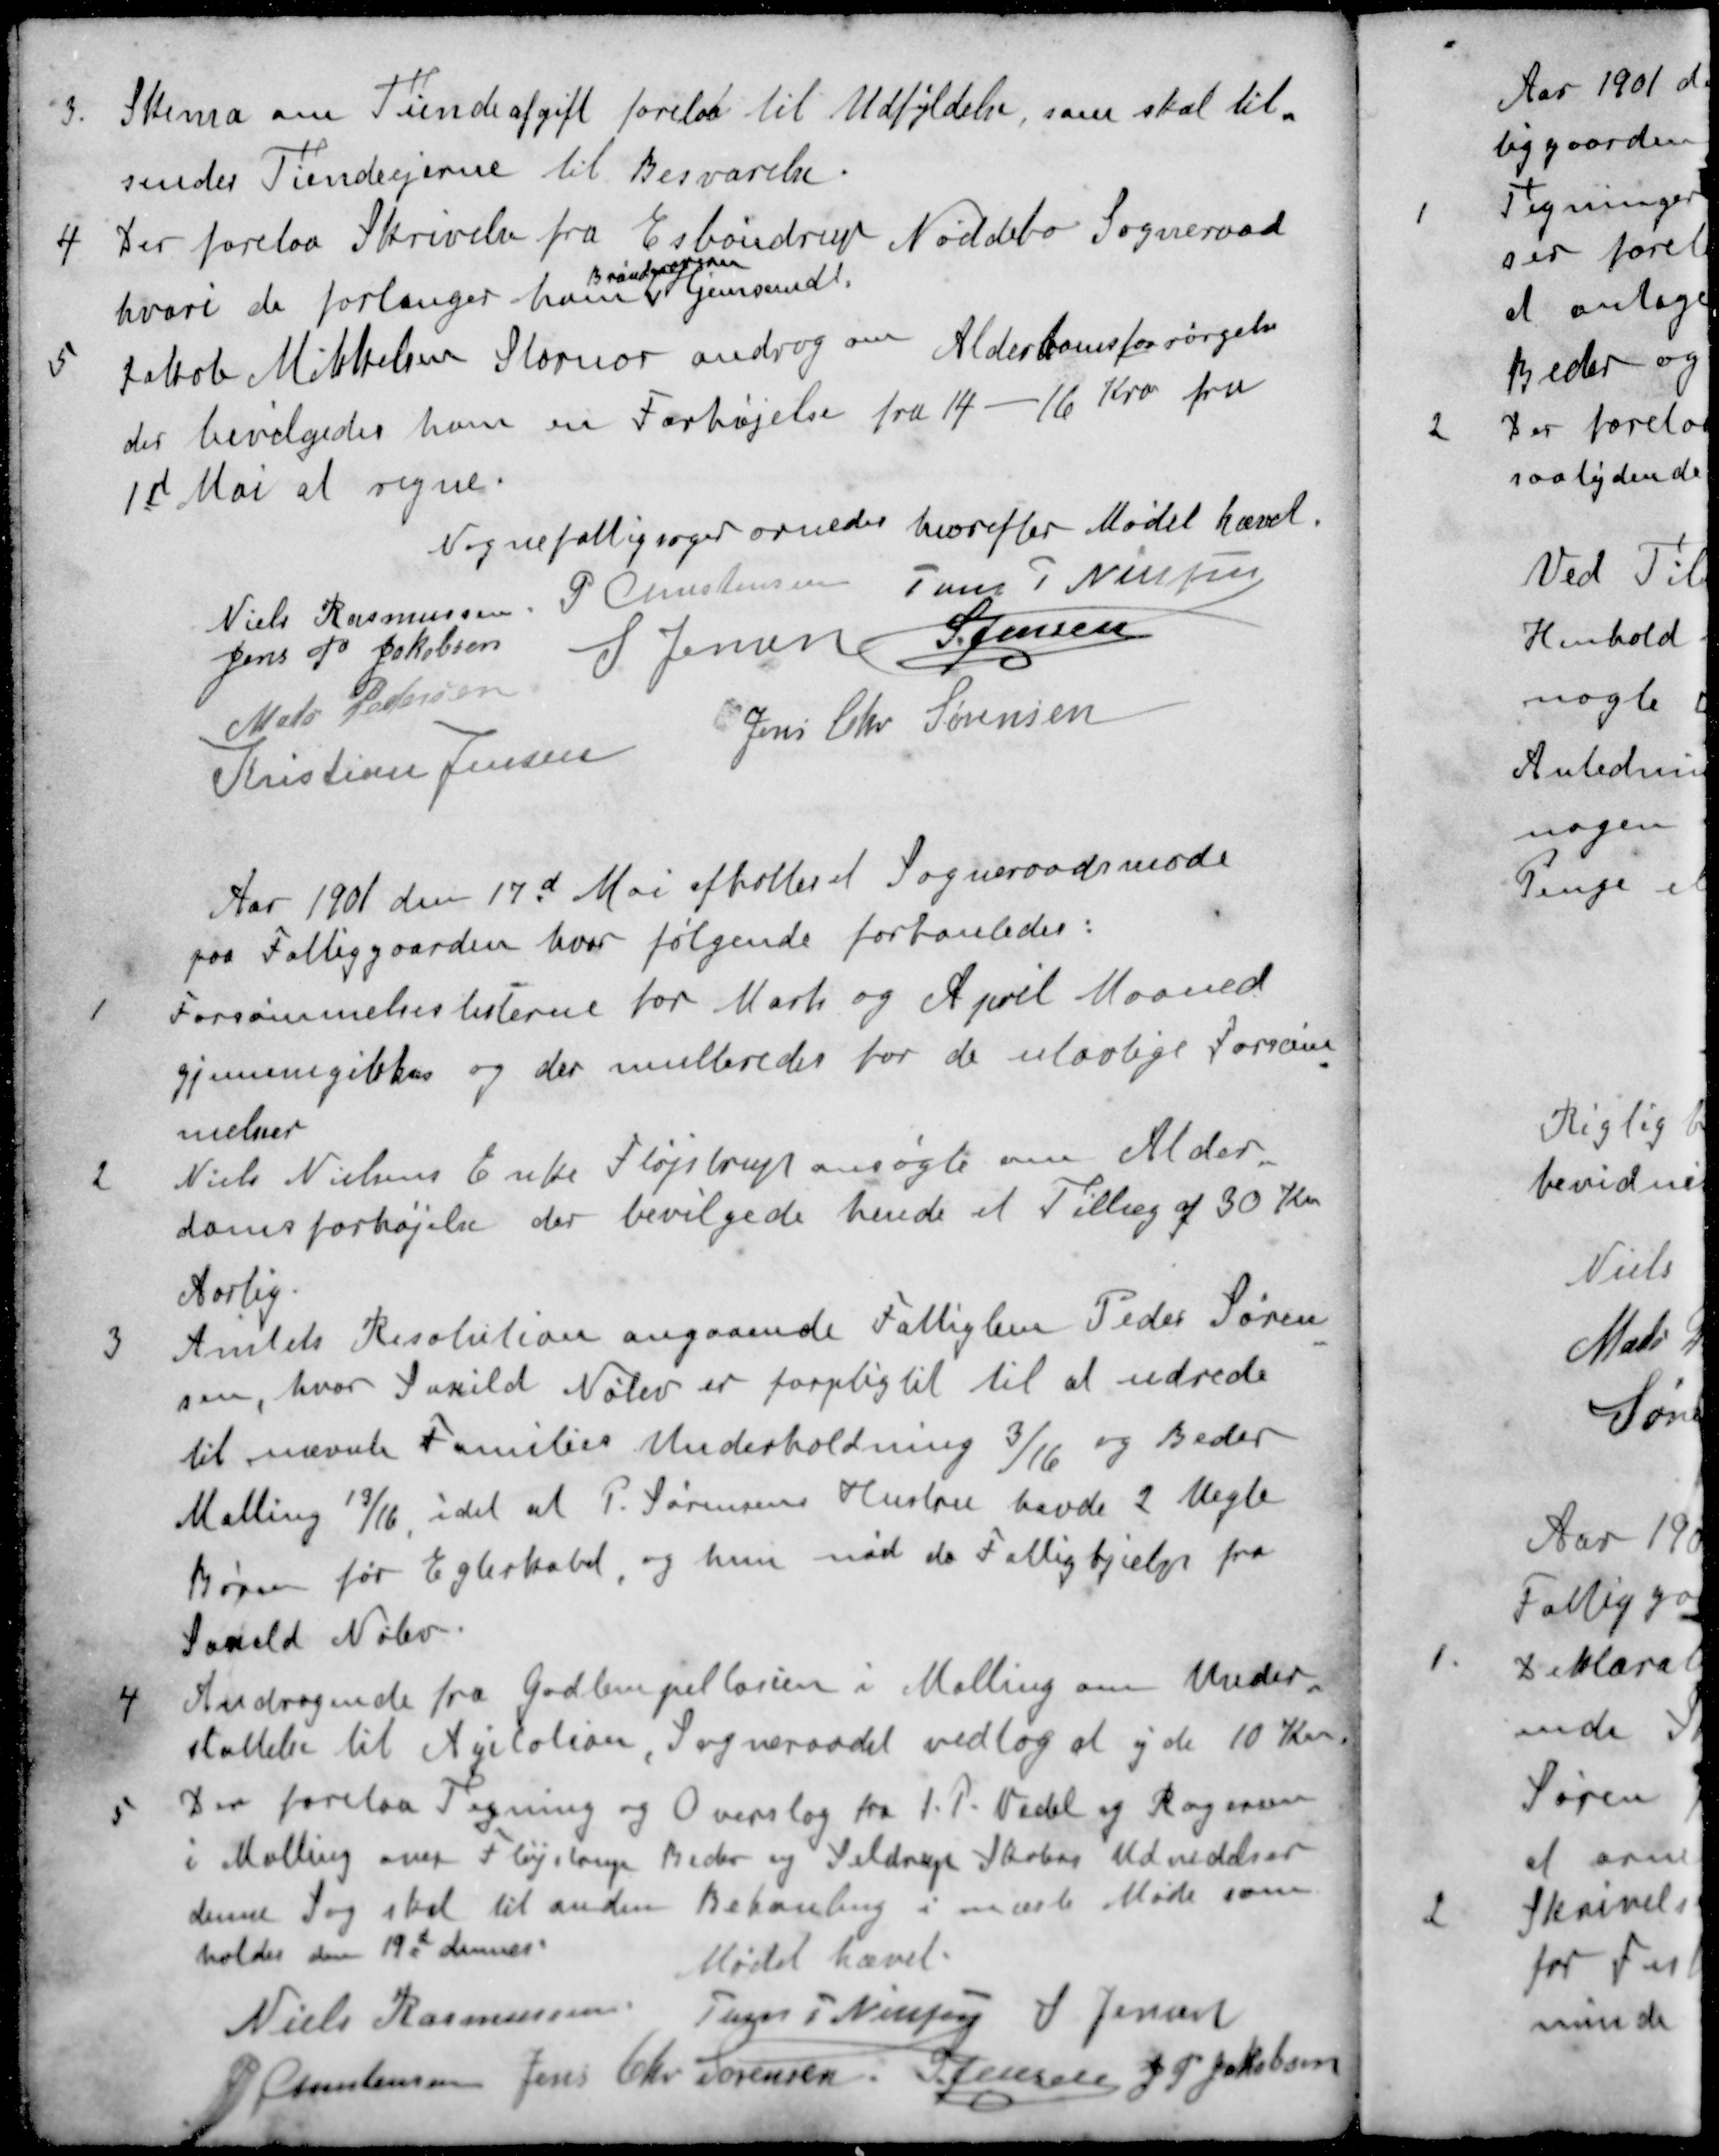
Transskription:
3. Skema om Tiendeafgift forelaa til Udfyldelse, som skal til-
sendes Tiendeejerne til Besvarelse.
4 Der forelaa Skrivelse fra Esbondrup Nøddebo Sogneraad
Brøndgraveren
hvori de forlanger ham Hjemsendt.
5 Jakob Mikkelsen Stornor androg om Alderdomsforsørgelse
der bevilgedes ham en Forhøjelse fra 14-16 Kro fra
1st Mai at regne.
Nogne fattigsager ornedes hvorefter Mødet hævet.
Niels Rasmussen
P Christensen
Jens P Nielsen
Jens P. Jakobsen
S Jensen
S Jensen
Mads Pedersen
Kristian Jensen
Jens Chr Sørensen
Aar 1901 den 17d Mai afholdes et Sogneraadsmøde
paa Fattiggaarden hvor følgende forhanledes:
1 Forsømmelseslisterne for Marts og April Maaned
gjennemgikkes og der multeredes for de ulovlige Forsøm
melser
2 Niels Nielsens Enke Fløjstrup ansøgte om Alder
domsforhøjelse der bevilgede hende et Tillæg af 30 Kr.
Aarlig.
3 Amtets Resolution angaaende Fattiglem Peder Søren
sen, hvor Saxild Nølev er forplig til til at udrede
til nævnte Families Underholdning 3/16 og Beder
Malling 13/16 idet at P. Sørensens Hustru havde 2 Uegte
Børn før Egteskabet, og hun nød da Fattighjælp fra
Saxild Nølev.
4 Andragende fra Godlempillarien i Malling om Under-
støttelse til Agitation, Sogneraadet vedtog at yde 10 Kr.
5 Der forelaa Tegning og Overslag fra I P Vedel og Rogensen
i Malling over Fløjstrup Beder og Seldrup Skoles Udvidelser
denne Sag skal til anden Behanling i næste Møde som
holdes den 19d dennes
Mødet hævet.
Niels Rasmussen
Jens P Nielsen
S Jensen
P Christensen
Jens Chr. Sørensen
S Jensen
J P Jakobsen